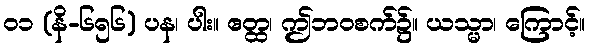
၀၁ (နိ-၆၅၆) ပန၊ ပါး။ ဧတ္ထ၊ ဤဘဝစက်၌။ ယသ္မာ၊ ကြောင့်။